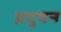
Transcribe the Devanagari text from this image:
प्रदुषन